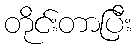
တိုင်းတာပြီး